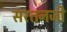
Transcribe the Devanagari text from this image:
सरतनजी